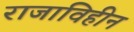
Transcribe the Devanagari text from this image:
राजाविहीन